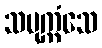
သမုက္ကံသေ